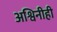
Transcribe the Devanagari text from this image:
अश्विनीही